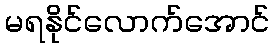
မရနိုင်လောက်အောင်